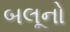
બલૂનો